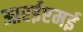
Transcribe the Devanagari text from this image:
आरईएमई